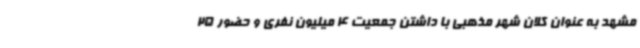
مشهد به عنوان کلان شهر مذهبی با داشتن جمعیت 4 میلیون نفری و حضور 25